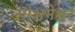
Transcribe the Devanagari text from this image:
सोभनेश्वर